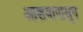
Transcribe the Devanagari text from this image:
आशयापासून